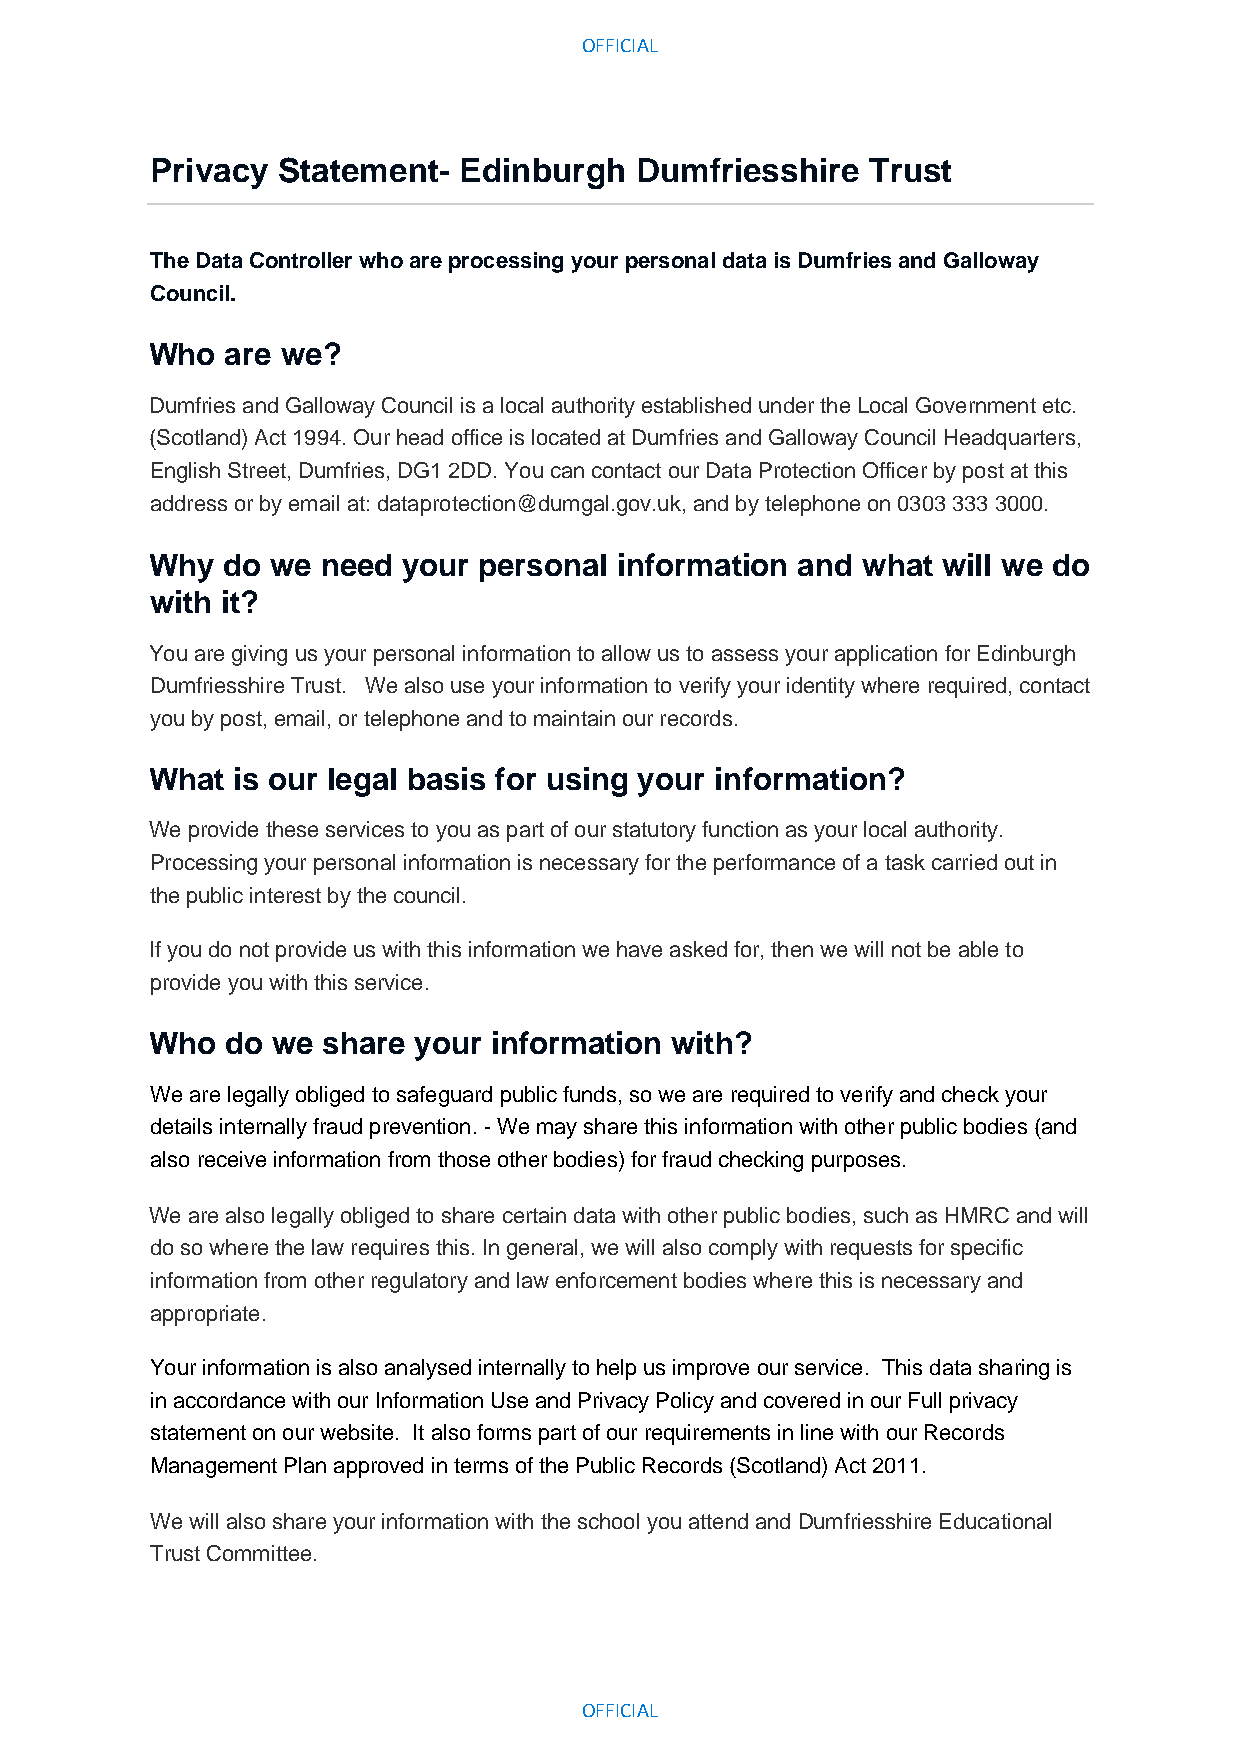
OFFICIAL
 Privacy Statement-  Edinburgh   Dumfriesshire   Trust
 The Data Controller who are processing your personal data is Dumfries and Galloway
 Council.
 Who  are we?
 Dumfries and Galloway Council is a local authority established under the Local Government etc.
 (Scotland) Act 1994. Our head office is located at Dumfries and Galloway Council Headquarters,
 English Street, Dumfries, DG1 2DD. You can contact our Data Protection Officer by post at this
 address or by email at: dataprotection@dumgal.gov.uk, and by telephone on 0303 333 3000.
 Why  do we need  your personal information and what will we do
 with it?
 You are giving us your personal information to allow us to assess your application for Edinburgh
 Dumfriesshire Trust. We also use your information to verify your identity where required, contact
 you by post, email, or telephone and to maintain our records.
 What is our legal basis for using your information?
 We provide these services to you as part of our statutory function as your local authority.
 Processing your personal information is necessary for the performance of a task carried out in
 the public interest by the council.
 If you do not provide us with this information we have asked for, then we will not be able to
 provide you with this service.
 Who  do we share your information with?
 We are legally obliged to safeguard public funds, so we are required to verify and check your
 details internally fraud prevention. - We may share this information with other public bodies (and
 also receive information from those other bodies) for fraud checking purposes.
 We are also legally obliged to share certain data with other public bodies, such as HMRC and will
 do so where the law requires this. In general, we will also comply with requests for specific
 information from other regulatory and law enforcement bodies where this is necessary and
 appropriate.
 Your information is also analysed internally to help us improve our service. This data sharing is
 in accordance with our Information Use and Privacy Policy and covered in our Full privacy
 statement on our website. It also forms part of our requirements in line with our Records
 Management Plan approved in terms of the Public Records (Scotland) Act 2011.
 We will also share your information with the school you attend and Dumfriesshire Educational
 Trust Committee.
 OFFICIAL